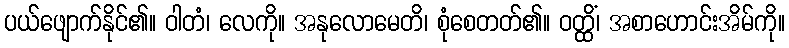
ပယ်ဖျောက်နိုင်၏။ ဝါတံ၊ လေကို။ အနုလောမေတိ၊ စုံစေတတ်၏။ ဝတ္ထိံ၊ အစာဟောင်းအိမ်ကို။